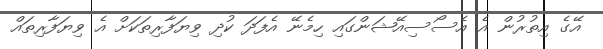
އޭގެ އިތުރުން އެ އެސޯސިއޭޝަންގައި ހިމެނޭ އެފަދަ ކުދި ވިޔަފާރިތަކަށް އެ ވިޔަފާރިތައް